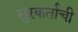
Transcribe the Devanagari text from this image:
सुरकर्ताची